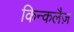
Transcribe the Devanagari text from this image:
किन्कलैज़